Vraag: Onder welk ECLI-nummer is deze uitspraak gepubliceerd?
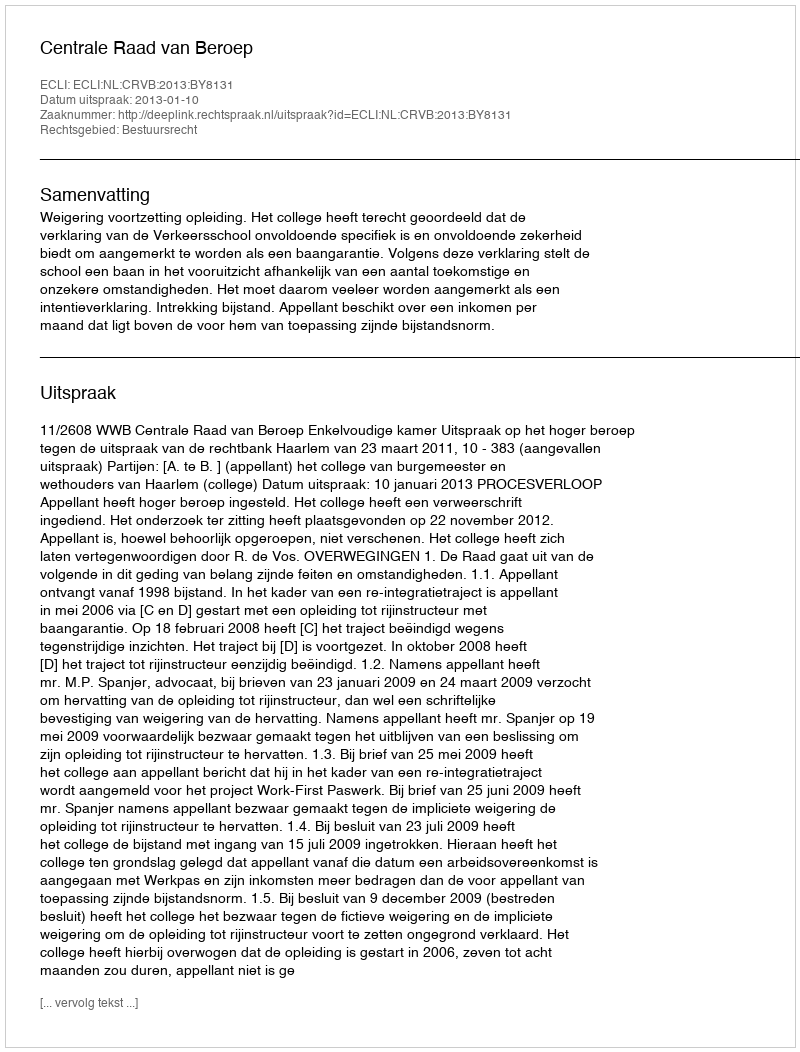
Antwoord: ECLI:NL:CRVB:2013:BY8131